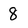
Character: 8